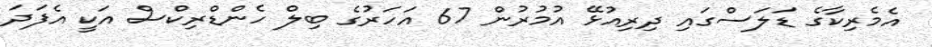
އެމެރިކާގެ ޑަލަސްގައި ދިރިއުޅޭ އުމުރުން 67 އަހަރުގެ ބިލް ހެންޑްރިކްސް އަކީ އެފަދަ